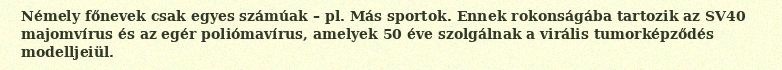
Némely főnevek csak egyes számúak – pl. Más sportok. Ennek rokonságába tartozik az SV40 majomvírus és az egér poliómavírus, amelyek 50 éve szolgálnak a virális tumorképződés modelljeiül.